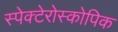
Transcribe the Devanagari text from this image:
स्पेक्टेरोस्कोपिक